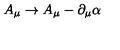
A _ { \mu } \rightarrow A _ { \mu } - \partial _ { \mu } \alpha